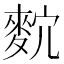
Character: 𪌡